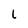
Character: L